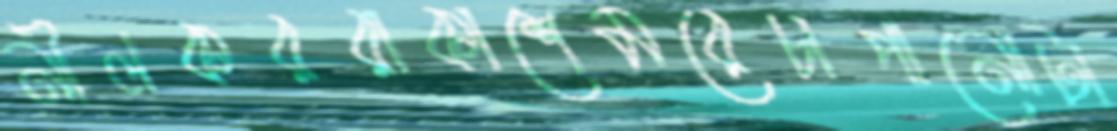
নীলকররাকাশেমরেচাপানোটা